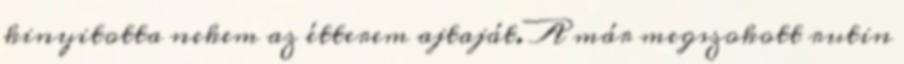
kinyitotta nekem az étterem ajtaját. A már megszokott rutin